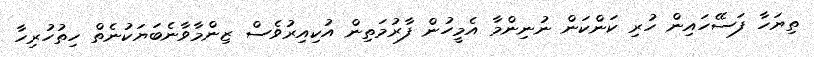
ތިޔަހާ ފަސޭހައިން ހުރި ކަންކަން ނުނިންމާ އެމީހުން ފާރުމަތިން އުކިއިރުވެސް ޒިންމާވާނެބަޔަކުނެތް ހިތުހުރިހާ